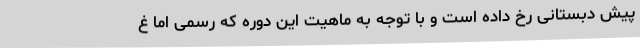
پیش دبستانی رخ داده است و با توجه به ماهیت این دوره که رسمی اما غ